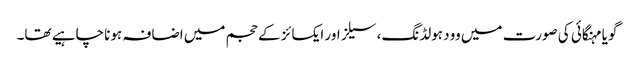
گویا مہنگائی کی صورت میں وود ہولڈنگ، سیلز اور ایکسائز کے حجم میں اضافہ ہونا چاہیے تھا۔